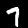
Digit: 7